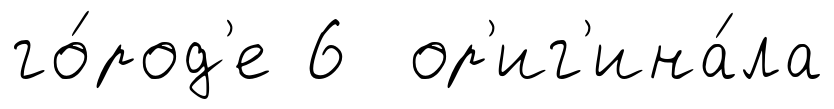
го́род'е 6 ор'иг'ина́ла